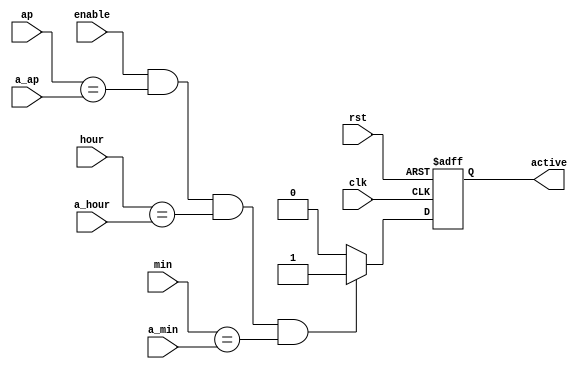
module alarm(rst, clk, enable,
			ap, hour, min,
			a_ap, a_hour, a_min,
			active);
	input rst, enable, clk;

	input ap, a_ap;
	input [6:0] hour, min, a_hour, a_min;

	output active;
	reg active;

	always @(posedge clk or negedge rst) begin
		if (~rst)
			active = 0;
		else begin
			if (enable && ap == a_ap && hour == a_hour && min == a_min) begin
				active = 1;
			end else begin
				active = 0;
			end
		end
	end
endmodule